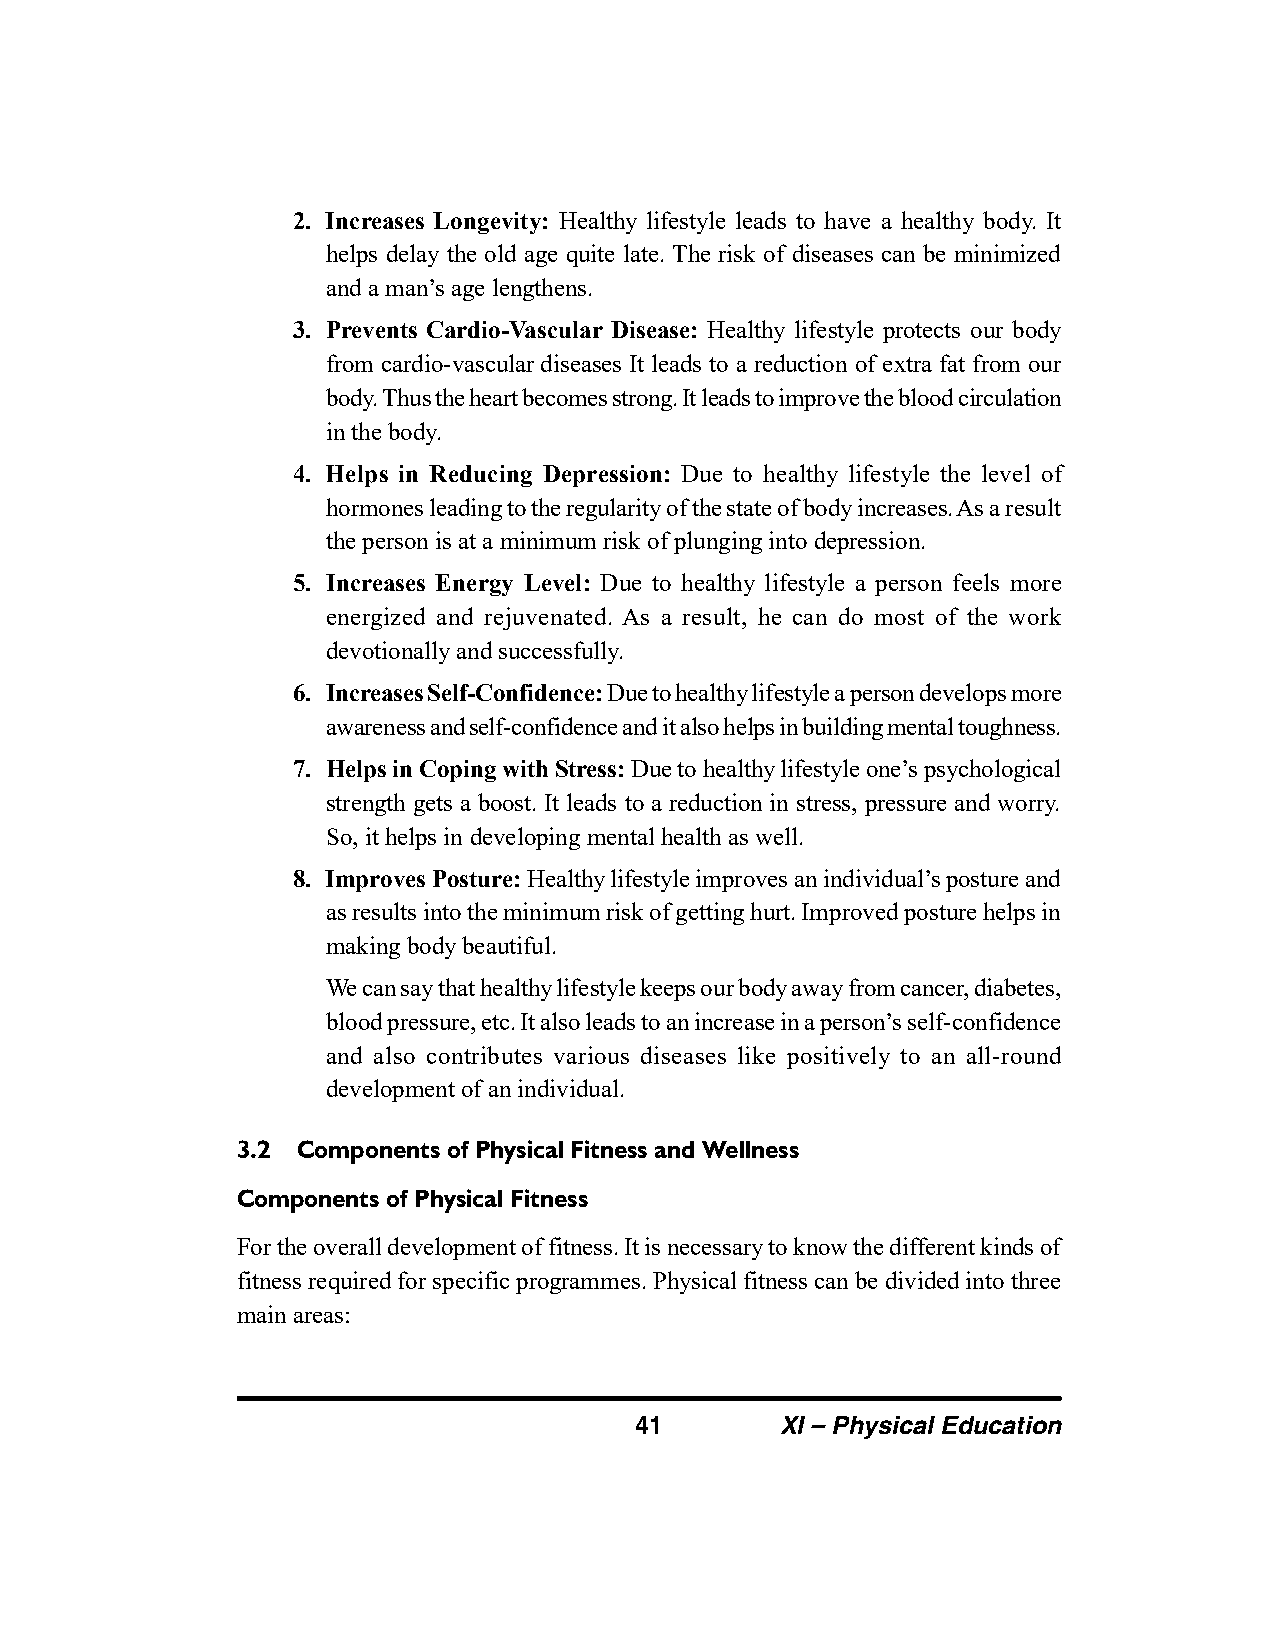
2. Increases Longevity: Healthy lifestyle leads to have a healthy body. It
 helps delay the old age quite late. The risk of diseases can be minimized
 and a man’s age lengthens.
 3. Prevents Cardio-Vascular Disease: Healthy lifestyle protects our body
 from cardio-vascular diseases It leads to a reduction of extra fat from our
 body. Thus the heart becomes strong. It leads to improve the blood circulation
 in the body.
 4. Helps in Reducing Depression: Due to healthy lifestyle the level of
 hormones leading to the regularity of the state of body increases. As a result
 the person is at a minimum risk of plunging into depression.
 5. Increases Energy Level: Due to healthy lifestyle a person feels more
 energized and rejuvenated. As a result, he can do most of the work
 devotionally and successfully.
 6. Increases Self-Confidence: Due to healthy lifestyle a person develops more
 awareness and self-confidence and it also helps in building mental toughness.
 7. Helps in Coping with Stress: Due to healthy lifestyle one’s psychological
 strength gets a boost. It leads to a reduction in stress, pressure and worry.
 So, it helps in developing mental health as well.
 8. Improves Posture: Healthy lifestyle improves an individual’s posture and
 as results into the minimum risk of getting hurt. Improved posture helps in
 making body beautiful.
 We can say that healthy lifestyle keeps our body away from cancer, diabetes,
 blood pressure, etc. It also leads to an increase in a person’s self-confidence
 and also contributes various diseases like positively to an all-round
 development of an individual.
 3.2 Components of Physical Fitness and Wellness
 Components of Physical Fitness
 For the overall development of fitness. It is necessary to know the different kinds of
 fitness required for specific programmes. Physical fitness can be divided into three
 main areas:
 41        XI – Physical Education